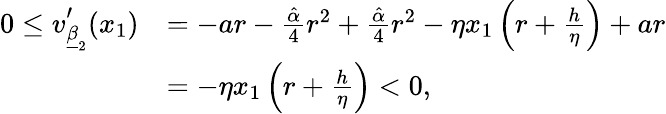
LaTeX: \begin{array}{rl}{0\leq v_{\underline{{\beta}}_{2}}^{\prime}(x_{1})}&{=-ar-\frac{\hat{\alpha}}{4}r^{2}+\frac{\hat{\alpha}}{4}r^{2}-\eta x_{1}\left(r+\frac{h}{\eta}\right)+ar}\\ &{=-\eta x_{1}\left(r+\frac{h}{\eta}\right)<0,}\end{array}